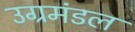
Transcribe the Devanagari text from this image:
उग्रमंडल